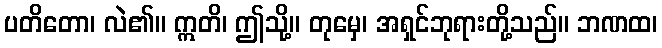
ပတိတော၊ လဲ၏။ ဣတိ၊ ဤသို့။ တုမှေ၊ အရှင်ဘုရားတို့သည်။ ဘဏထ၊